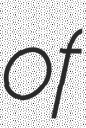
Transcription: of